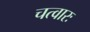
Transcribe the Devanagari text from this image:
चत्वारः